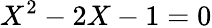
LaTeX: X^{2}-2X-1=0